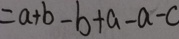
= a + b - b + a - a - c